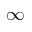
\infty